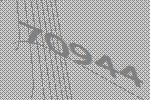
70944